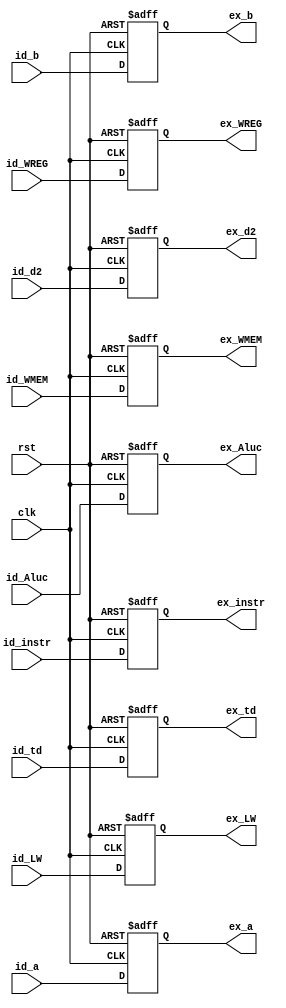
module ID_EX(
	clk,rst,
	id_a, id_b, id_td, id_d2, id_Aluc, id_WREG, id_WMEM, id_LW,id_instr,
	ex_a, ex_b, ex_td, ex_d2, ex_Aluc, ex_WREG, ex_WMEM, ex_LW,ex_instr
    );
	input clk,rst;
	input wire [31:0] id_a,id_b,id_d2,id_instr;
	input wire [4:0] id_td,id_Aluc;
	input wire id_WREG,id_WMEM,id_LW;
	output reg [31:0] ex_a,ex_b,ex_d2,ex_instr;
	output reg [4:0] ex_td,ex_Aluc;
	output reg ex_WREG,ex_WMEM,ex_LW;
	always @(posedge clk or posedge rst)
	begin
		if(rst)
		begin
			ex_a <= 0;
			ex_b <= 0;
			ex_d2 <= 0;
			ex_td <= 0;
			ex_Aluc <= 0;
			ex_WREG <= 0;
			ex_WMEM <= 0;
			ex_LW <= 0;
			ex_instr<=32'b100000;
		end
		else
		begin
			ex_a <= id_a;
			ex_b <= id_b;
			ex_d2 <= id_d2;
			ex_td <= id_td;
			ex_Aluc <= id_Aluc;
			ex_WREG <= id_WREG;
			ex_WMEM <= id_WMEM;
			ex_LW <= id_LW;
			ex_instr<=id_instr;
		end
	end
endmodule